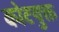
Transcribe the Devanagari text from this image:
कोटयुक्त